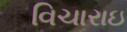
વિચારાઇ